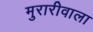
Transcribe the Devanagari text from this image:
मुरारीवाला